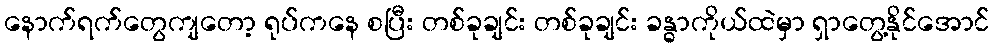
နောက်ရက်တွေကျတော့ ရုပ်ကနေ စပြီး တစ်ခုချင်း တစ်ခုချင်း ခန္ဓာကိုယ်ထဲမှာ ရှာတွေ့နိုင်အောင်